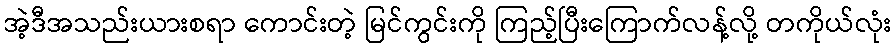
အဲ့ဒီအသည်းယားစရာ ကောင်းတဲ့ မြင်ကွင်းကို ကြည့်ပြီးကြောက်လန့်လို့ တကိုယ်လုံး